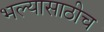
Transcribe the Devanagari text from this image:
भल्यासाठीच